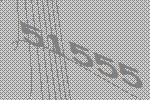
51555